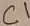
Text: C1